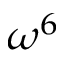
\omega ^ { 6 }